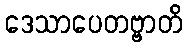
ဒေသာပေတဗ္ဗာတိ